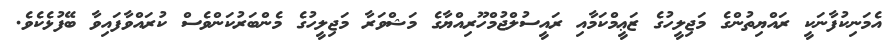
އެމަނިކުފާނަކީ ރައްޔިތުންގެ މަޖިލީހުގެ ޒަޢީމްކަމާއި ރައީސުލްޖުމްހޫރިއްޔާގެ މަޝްވަރާ މަޖިލީހުގެ މެންބަރުކަންވެސް ކުރައްވާފައިވާ ބޭފުޅެކެވެ.